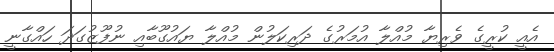
އެއީ ކުރީގެ ވެރިޔާ މުއްލާ އުމަރުގެ ދަރިކަލުން މުއްލާ ޔައުގޫބާއި ނުފޫޒުގަދަ ހައްގާނީ